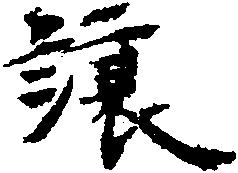
譲